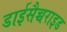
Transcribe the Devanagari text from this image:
डाईसैच्चराइड